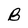
Character: B